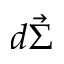
d \vec { \Sigma }